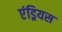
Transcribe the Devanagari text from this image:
एंड्रियस